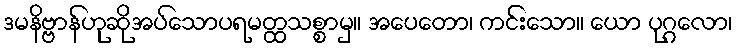
ဒမနိဗ္ဗာန်ဟုဆိုအပ်သောပရမတ္ထသစ္စာမှ။ အပေတော၊ ကင်းသော။ ယော ပုဂ္ဂလော၊